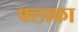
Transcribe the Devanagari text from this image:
फ्लाका